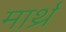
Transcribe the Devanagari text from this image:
मार्थ्र